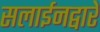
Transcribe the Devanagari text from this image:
सलाईनद्वारे